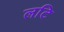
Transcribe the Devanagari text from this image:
लटि